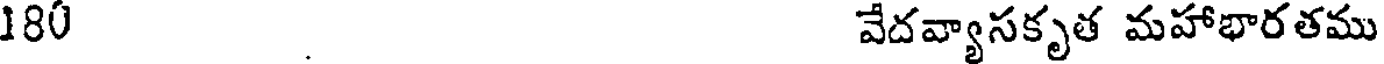
180 వేదవ్యాసకృత మహాభారతము